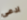
ادعى